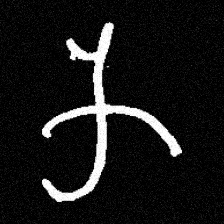
Pyu character \u2014 Myanmar letter: က (romanized: ka)